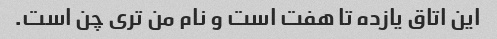
این اتاق یازده تا هفت است و نام من تری چن است.